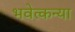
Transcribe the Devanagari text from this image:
भवेत्कन्या